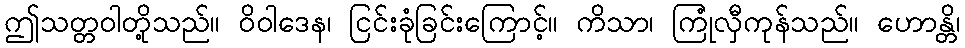
ဤသတ္တဝါတို့သည်။ ဝိဝါဒေန၊ ငြင်းခုံခြင်းကြောင့်။ ကိသာ၊ ကြုံလှီကုန်သည်။ ဟောန္တိ၊